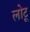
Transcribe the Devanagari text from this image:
लोटू